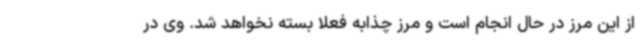
از این مرز در حال انجام است و مرز چذابه فعلا بسته نخواهد شد. وی در